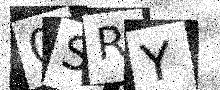
Text: 0SRY